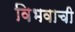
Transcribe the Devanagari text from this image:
विभवाची